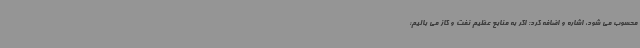
محسوب می شود، اشاره و اضافه کرد: اگر به منابع عظیم نفت و گاز می بالیم؛